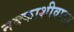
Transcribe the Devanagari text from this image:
नक्काशीवाला